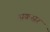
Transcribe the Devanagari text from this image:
अकस्रर